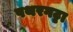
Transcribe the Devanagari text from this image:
पथरगट्टा